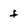
Character: f